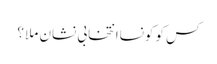
کس کو کونساانتخابی نشان ملا ؟